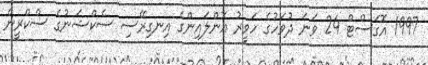
1997 އޮގަސްޓް 24 ވަނަ ދުވަހުގެ ހަވީރު އޮންލައިންގެ އިނގިރޭސި ސެކްޝަނުގެ ސްކްރީން